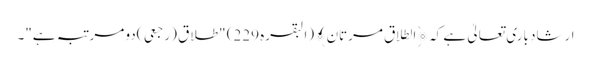
ارشادِ باری تعالیٰ ہے کہ ﴿الطلاق مرتان﴾(البقرہ 229) "طلاق (رجعی )دو مرتبہ ہے"۔